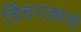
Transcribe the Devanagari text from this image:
चिंचपाड्याची